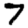
Digit: 7